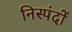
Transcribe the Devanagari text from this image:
निस्पंदों